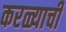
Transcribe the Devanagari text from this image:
करळ्याची